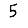
Digit: 5